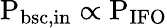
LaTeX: \mathrm{P_{\textup{bsc,in}}}\propto\mathrm{P_{IFO}}